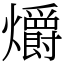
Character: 爝